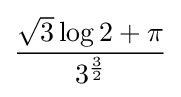
{\frac {{\sqrt {3}}\log 2+\pi }{3^{\frac {3}{2}}}}